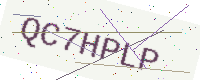
Text: QC7HPLP